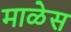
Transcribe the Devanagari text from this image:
माळेस